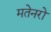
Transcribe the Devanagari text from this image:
मतेनरो